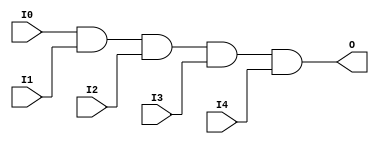

/*

FUNCTION	: 5-INPUT AND GATE

*/

`timescale  100 ps / 10 ps

`celldefine

module AND5 (O, I0, I1, I2, I3, I4);


    output O;

    input  I0, I1, I2, I3, I4;

    and A1 (O, I0, I1, I2, I3, I4);

    specify
	(I0 *> O) = (0, 0);
	(I1 *> O) = (0, 0);
	(I2 *> O) = (0, 0);
	(I3 *> O) = (0, 0);
	(I4 *> O) = (0, 0);
    endspecify

endmodule

`endcelldefine